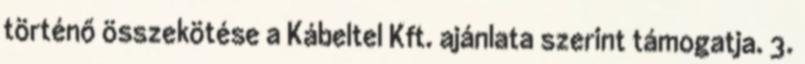
történő összekötése a Kábeltel Kft. ajánlata szerint támogatja. 3.